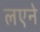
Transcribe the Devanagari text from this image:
लएने